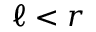
\ell < r